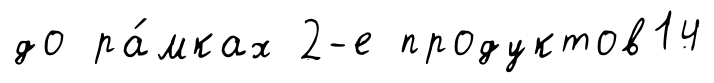
до ра́мках 2-е продуктов14